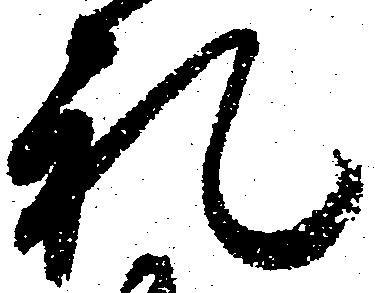
礼